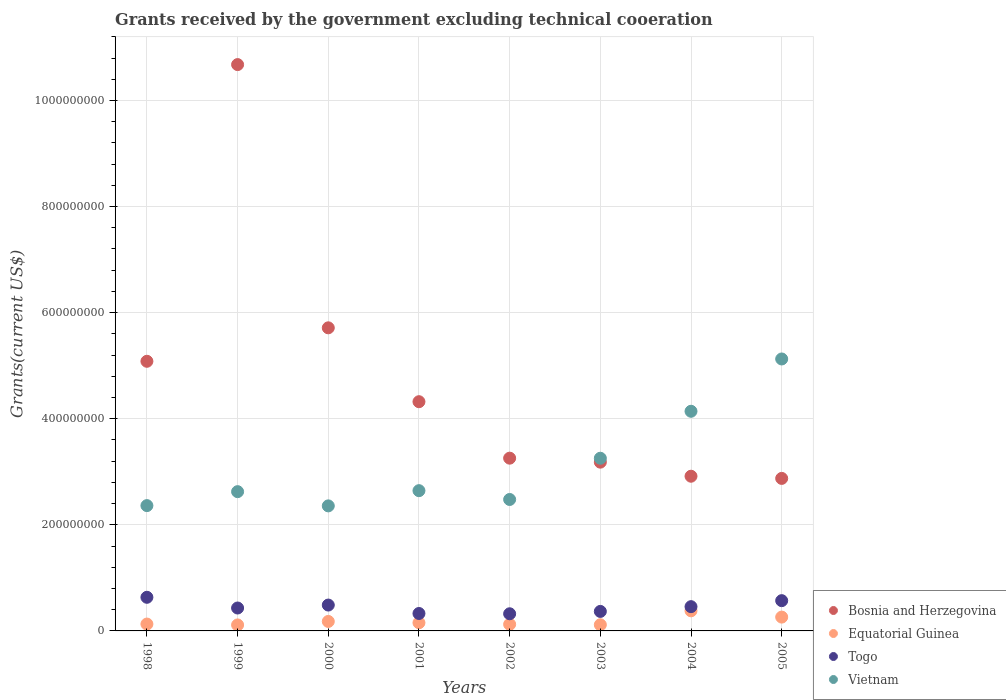
| Years | Bosnia and Herzegovina | Equatorial Guinea | Togo | Vietnam |
 | --- | --- | --- | --- | --- |
 | 1998 | 5.08e+08 | 1.29e+07 | 6.34e+07 | 2.36e+08 |
 | 1999 | 1.07e+09 | 1.13e+07 | 4.32e+07 | 2.63e+08 |
 | 2000 | 5.71e+08 | 1.79e+07 | 4.88e+07 | 2.36e+08 |
 | 2001 | 4.32e+08 | 1.54e+07 | 3.29e+07 | 2.64e+08 |
 | 2002 | 3.26e+08 | 1.25e+07 | 3.23e+07 | 2.48e+08 |
 | 2003 | 3.18e+08 | 1.16e+07 | 3.68e+07 | 3.26e+08 |
 | 2004 | 2.92e+08 | 3.79e+07 | 4.57e+07 | 4.14e+08 |
 | 2005 | 2.88e+08 | 2.61e+07 | 5.70e+07 | 5.13e+08 |